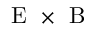
\mathrm { ~ E ~ } \times \mathrm { ~ B ~ }